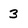
Character: 3